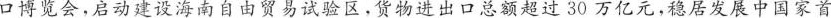
口博览会，启动建设海南自由贸易试验区。货物进出口总额超过30万亿元，稳居发展中国家首